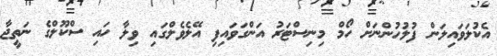
އެކުލަވައިލަން ފުލުހުންނަށް ހޯމް މިނިސްޓަރު އަންގަވައިފި އޭލެވެލްގައި ވިލާ ހައި ސްކޫލްގެ ނަތީޖާ